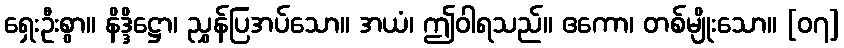
ရှေးဦးစွာ။ နိဒ္ဒိဋ္ဌော၊ ညွှန်ပြအပ်သော။ အယံ၊ ဤဝါရသည်။ ဧကော၊ တစ်မျိုးသော။ [၀၇]